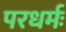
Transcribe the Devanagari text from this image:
परधर्मः